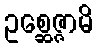
ဥစ္ဆေဇ္ဇာမိ